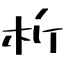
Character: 析